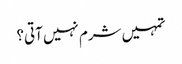
تمہیں شرم نہیں آتی؟